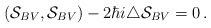
\begin{align*}(\mathcal{S}_{BV},\mathcal{S}_{BV})-2\hbar i\triangle\mathcal{S}_{BV}=0\,.\end{align*}